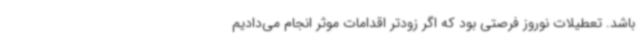
باشد. تعطیلات نوروز فرصتی بود که اگر زودتر اقدامات موثر انجام می‌دادیم